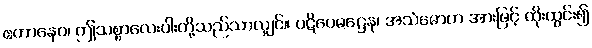
ဧတာနေဝ၊ ဤသစ္စာလေးပါးတို့သည်သာလျှင်။ ပဋိဝေဓဋ္ဌေန၊ အသံမောဟ အားဖြင့် ထိုးထွင်း၍